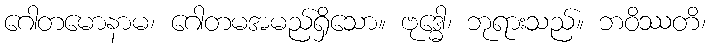
ဂေါတမောနာမ၊ ဂေါတမအမည်ရှိသော။ ဗုဒ္ဓေါ၊ ဘုရားသည်။ ဘဝိဿတိ၊